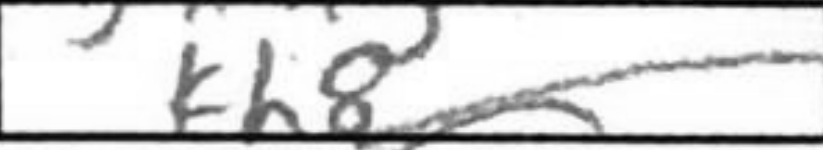
Transcription: Kh8